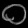
Digit: ၀